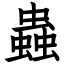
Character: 蟲